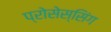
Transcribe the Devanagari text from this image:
प्रोसेस्सिंग